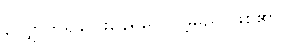
လျှောက်၍ပြေးနေရပေလိမ့်မည် ဖြစ်၏။